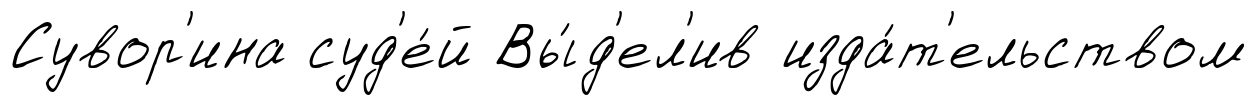
Сувор'ина суд'е́й Вы́д'ел'ив изда́т'ельством